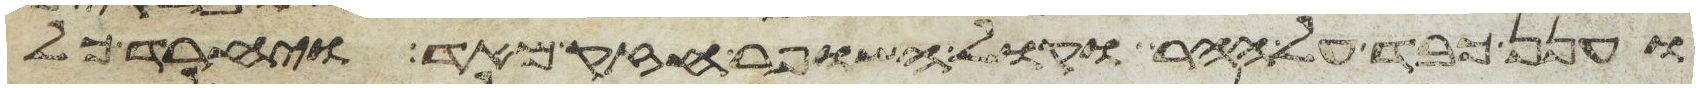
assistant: וענן כבד על ההר וקול השופר חזק מאד ויחרד כל